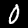
Digit: 0